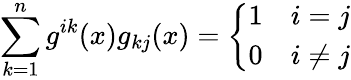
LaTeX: \sum_{k=1}^{n}g^{ik}(x)g_{kj}(x)={\left\{ \begin{array}{ll}{1}&{i=j}\\ {0}&{i\neq j}\end{array}\right.}